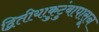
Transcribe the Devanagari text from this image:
द्वितीयाकुटुंबापासून